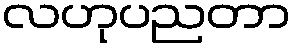
လဟုပညတာ